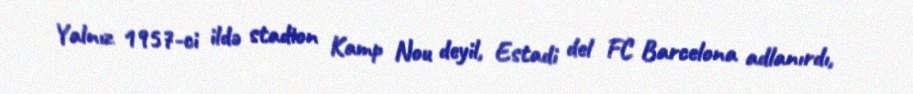
Yalnız 1957-ci ildə stadion Kamp Nou deyil, Estadi del FC Barcelona adlanırdı,